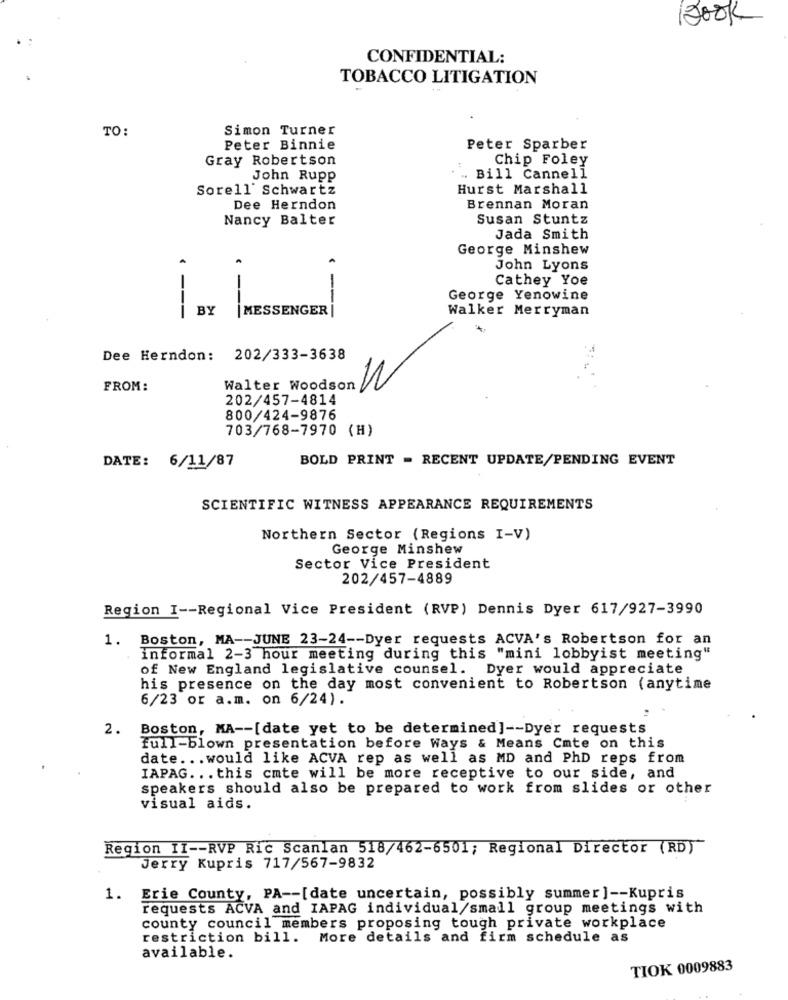
12001
CONFIDENTIAL:
TOBACCO LITIGATION
TO:
Simon Turner
Peter Binnie
Peter Sparber
Gray Robertson
Chip Foley
John Rupp
Bill Cannell
Sorell Schwartz
Hurst Marshall
Dee Herndon
Brennan Moran
Nancy Balter
Susan Stuntz
Jada Smith
George Minshew
A
John Lyons
Cathey Yoe
--
-
George Yenowine
---
BY
| MESSENGER |
Walker Merryman
Dee Herndon: 202/333-3638
FROM:
Walter Woodson
202/457-4814
800/424-9876
703/768-7970 (H)
BOLD PRINT = RECENT UPDATE/PENDING EVENT
DATE: 6/11/87
SCIENTIFIC WITNESS APPEARANCE REQUIREMENTS
Northern Sector (Regions I-V)
George Minshew
Sector Vice President
202/457-4889
Region I -- Regional Vice President (RVP) Dennis Dyer 617/927-3990
1. Boston, MA -- JUNE 23-24 -- Dyer requests ACVA's Robertson for an
informal 2-3 hour meeting during this "mini lobbyist meeting"
of New England legislative counsel. Dyer would appreciate
his presence on the day most convenient to Robertson (anytime
6/23 or a.m. on 6/24).
2.
Boston, MA -- [date yet to be determined] -- Dyer requests
full-blown presentation before Ways & Means Cmte on this
date ... would like ACVA rep as well as MD and PhD reps from
IAPAG ... this cmte will be more receptive to our side, and
speakers should also be prepared to work from slides or other
visual aids.
Region II -- RVP Ric Scanlan 518/462-6501; Regional Director (RD)
Jerry Kupris 717/567-9832
Erie County, PA -- [date uncertain, possibly summer] -- Kupris
requests ACVA and IAPAG individual/small group meetings with
county council members proposing tough private workplace
restriction bill. More details and firm schedule as
available.
TIOK 0009883